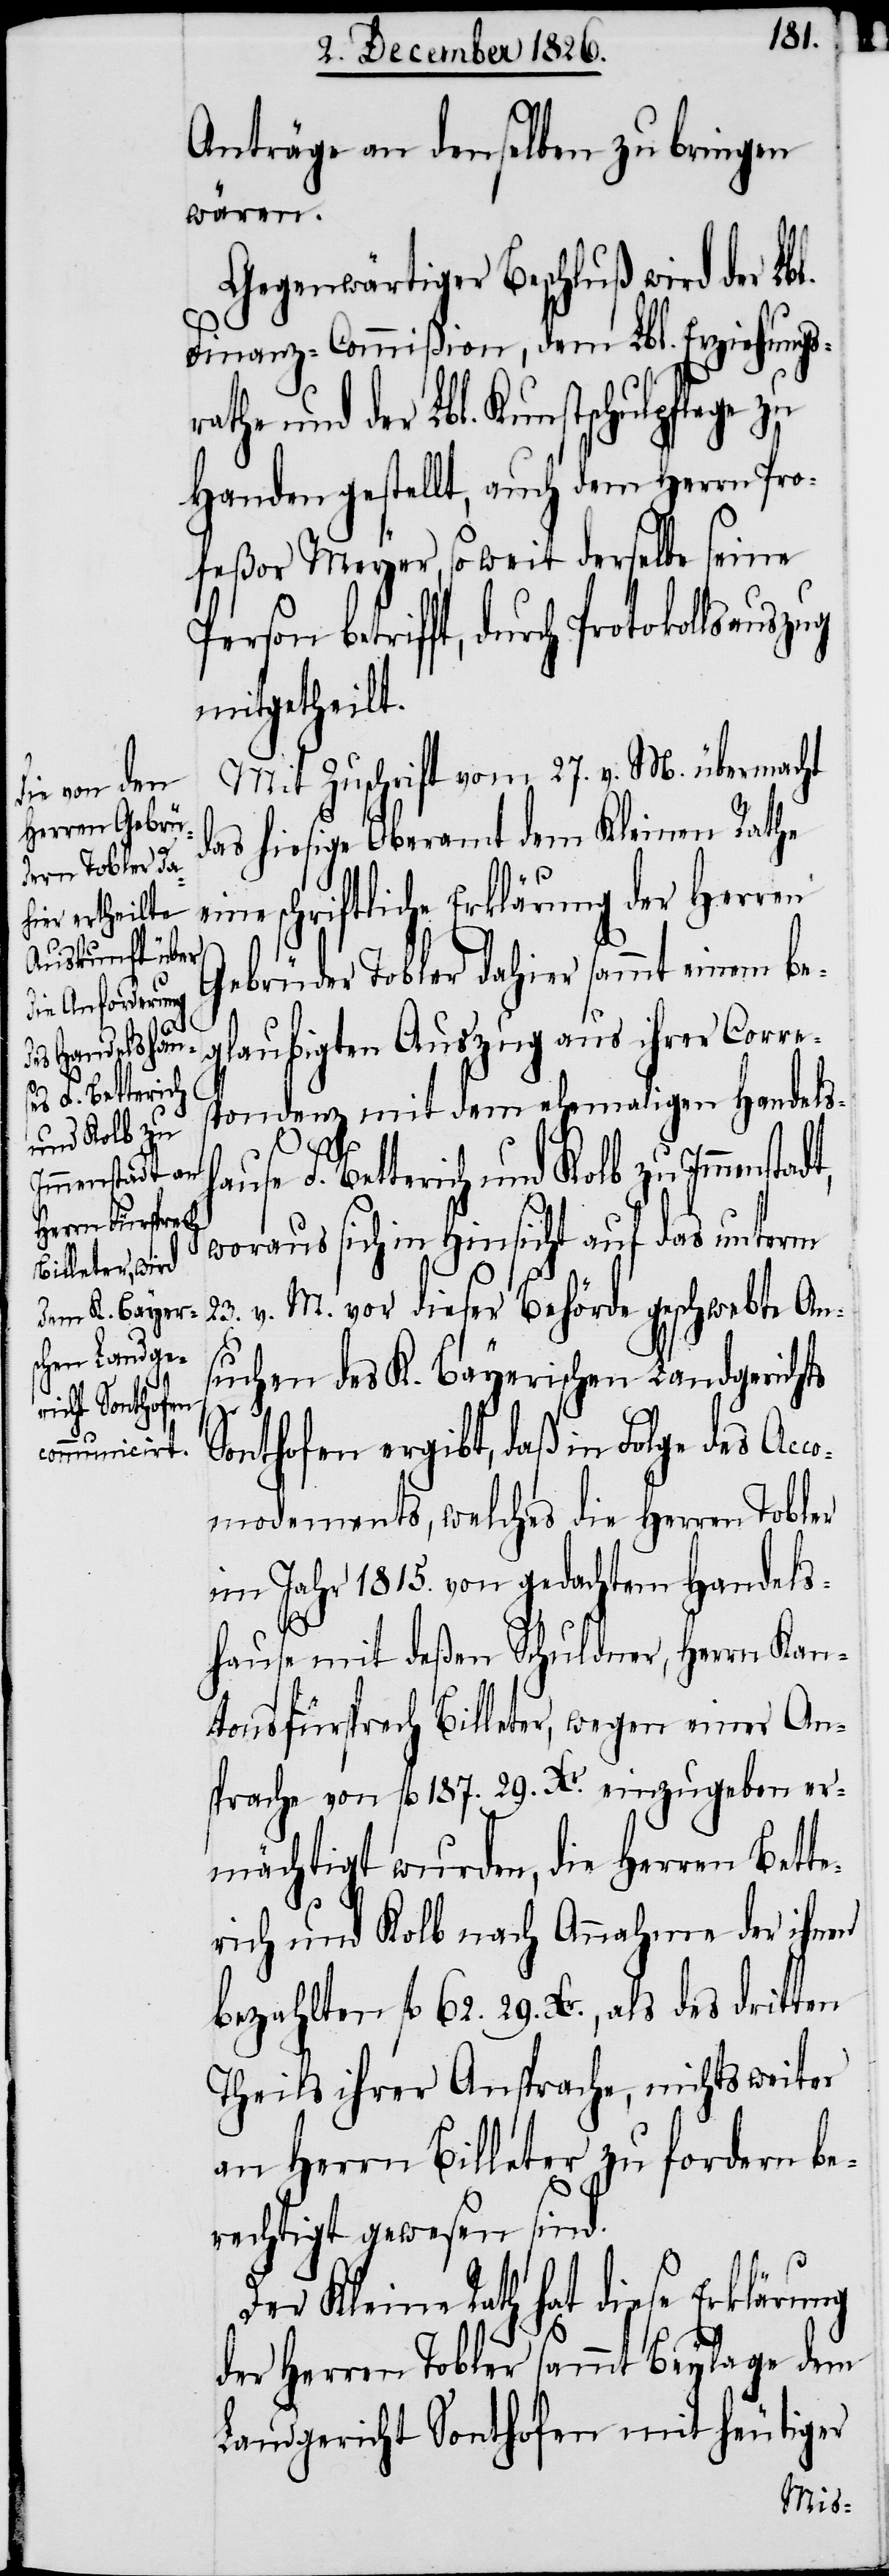
F. Betterich
und Kolb zu
Immenstadt,

Anträge an denselben zu bringen
wären.
Gegenwärtiger Beschluß wird der Lbl.
Finanz-Commißion, dem Lbl. Erziehungsr¬
athe und der Lbl. Kunstschule zu
Handen gestellt, auch dem Herrn Pro¬
feßor Meyer, so weit derselbe seine
Person betrifft, durch Protokollsaus¬
mitgetheilt.
Mit Zuschrift vom 27. v. M. übermacht
das hiesige Oberamt dem Kleinen Rathe
schriftliche Erklärung der Herren
Gebrüder Tobler dahier sammt einem be¬
laubigten Auszug aus ihrer Corre¬
spondenz mit dem ehemaligen Handels¬
woraus sich in Hinsicht auf das unterm
23. v. M. vor dieser Behörde geschwebte An¬
suchen des K. Bayerischen Landgerichts
hause
Sonthofen ergibt, daß in Folge des Acc¬
omodements, welches die Herren Tobler
im Jahr 1815. von gedachtem Handels¬
hause mit deßen Schuldner, Herrn Kan¬
tonsfürsprech Billeter, wegen einer An¬
sprache von fl. 187. 29. Xr. einzugeben er¬
mächtigt wurden, die Herren Bette¬
rich und Kolb nach Annahme der ihnen
bezahlten fl. 62. 29. Xr., als des dritten
Theils ihrer Ansprache, nichts weiter
an Herrn Billeter zu fordern be¬
rechtigt gewesen sind.
Der Kleine Rath hat diese Erklärung
der Herren Tobler sammt Beylage dem
Landgericht Sonthofen mit heutiger